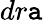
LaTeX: dr\mathtt{a}